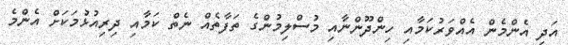
އަދި އެންމެން އެއްވަރުކަމާއި ހިންދޫންނާއި މުސްލިމުންގެ ތަފާތެއް ނެތް ކަމާއި ދިރިއުޅުމަކަށް އެންމެ